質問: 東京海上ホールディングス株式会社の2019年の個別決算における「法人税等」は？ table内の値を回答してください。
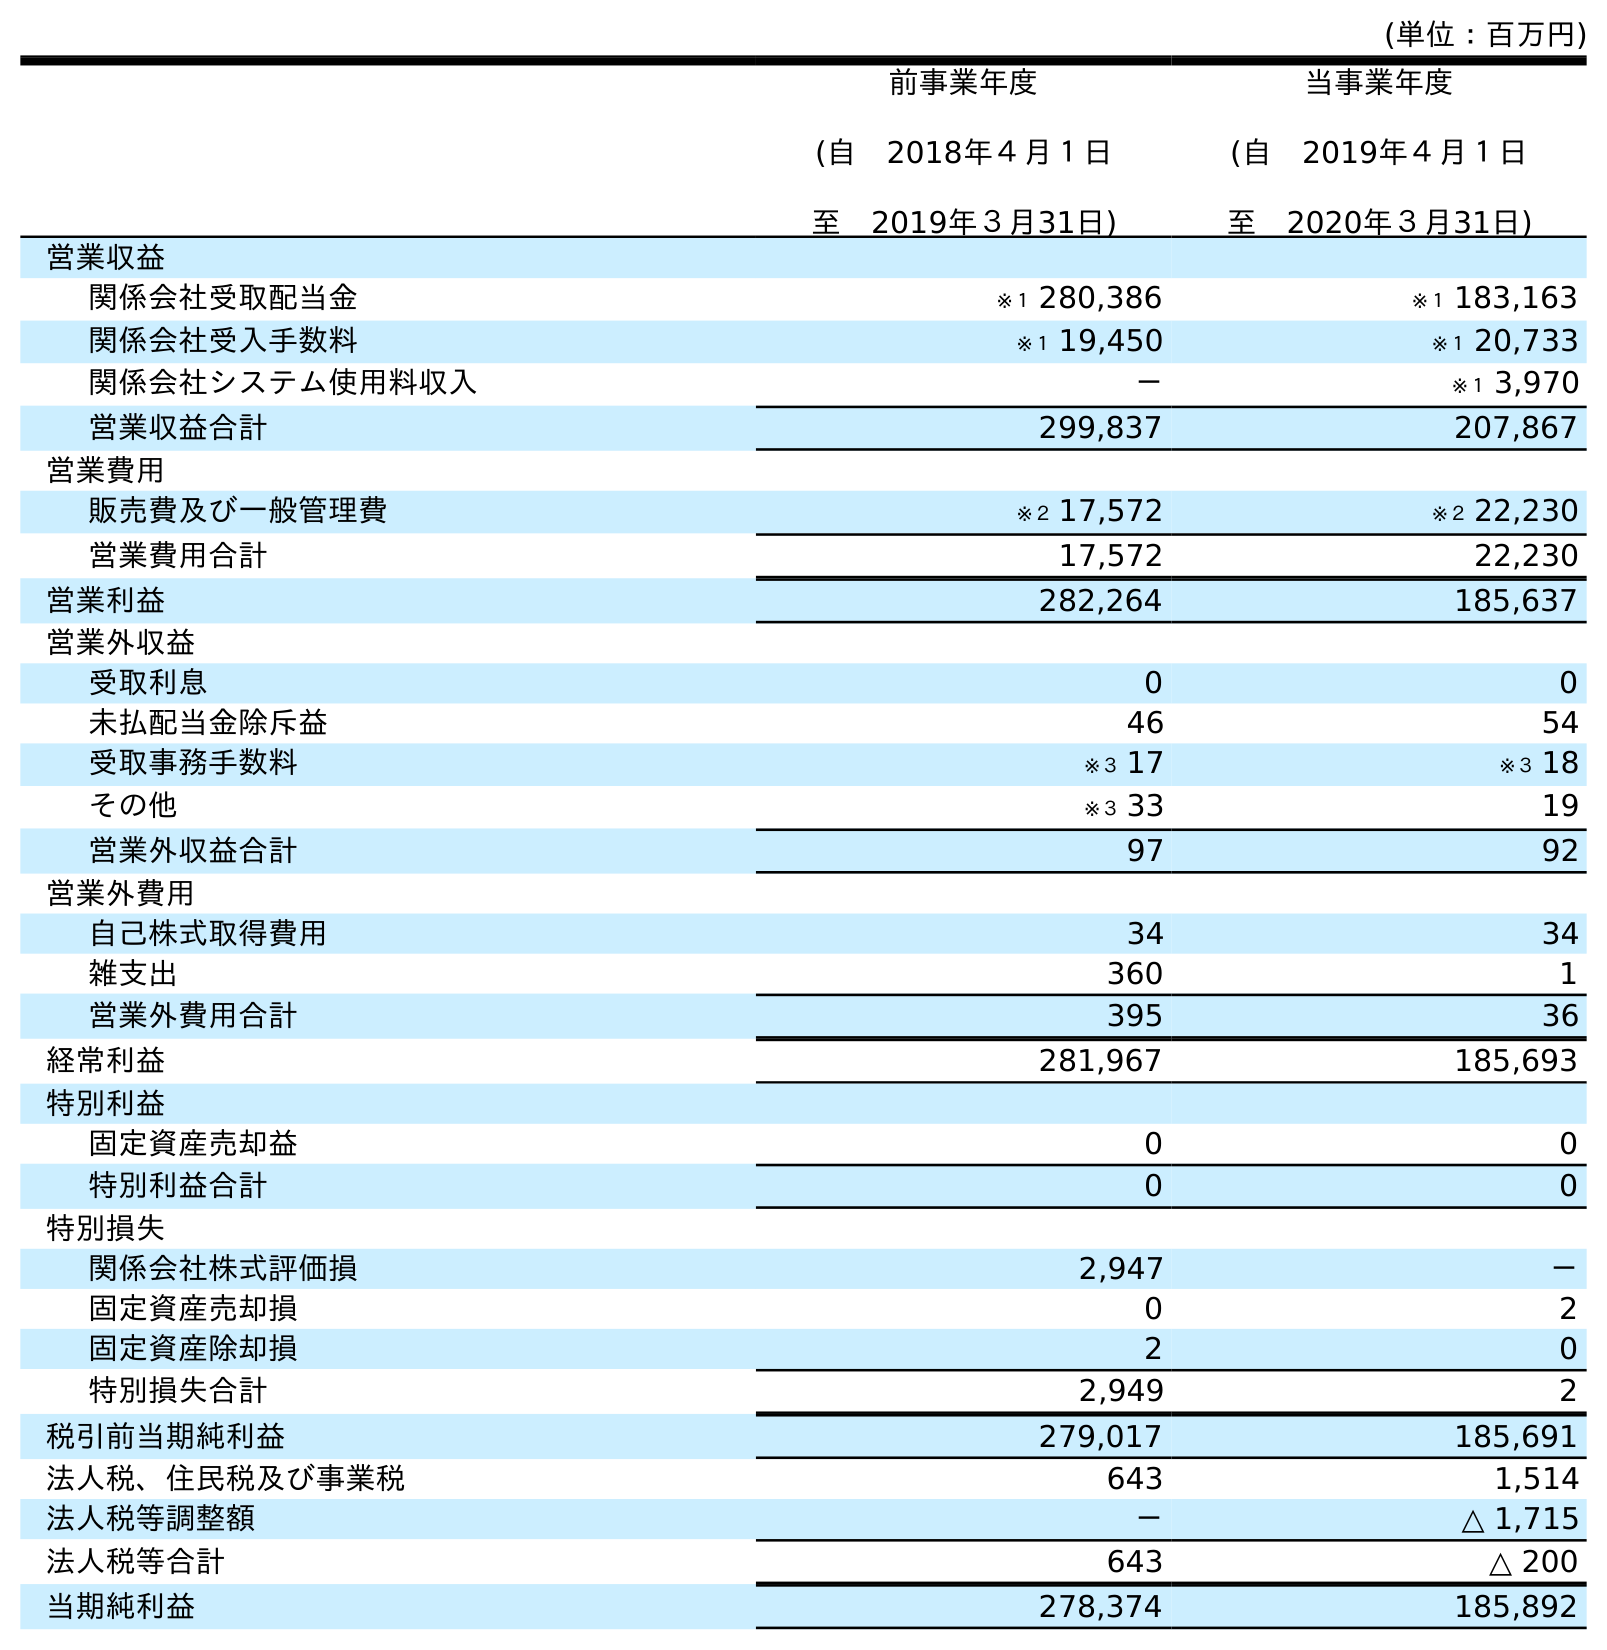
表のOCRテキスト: (単位：百万円) 前事業年度 (自 2018年４月１日 至 2019年３月31日) 当事業年度 (自 2019年４月１日 至 2020年３月31日) 営業収益 関係会社受取配当金 ※１ 280,386 ※１ 183,163 関係会社受入手数料 ※１ 19,450 ※１ 20,733 関係会社システム使用料収入 － ※１ 3,970 営業収益合計 299,837 207,867 営業費用 販売費及び一般管理費 ※２ 17,572 ※２ 22,230 営業費用合計 17,572 22,230 営業利益 282,264 185,637 営業外収益 受取利息 0 0 未払配当金除斥益 46 54 受取事務手数料 ※３ 17 ※３ 18 その他 ※３ 33 19 営業外収益合計 97 92 営業外費用 自己株式取得費用 34 34 雑支出 360 1 営業外費用合計 395 36 経常利益 281,967 185,693 特別利益 固定資産売却益 0 0 特別利益合計 0 0 特別損失 関係会社株式評価損 2,947 － 固定資産売却損 0 2 固定資産除却損 2 0 特別損失合計 2,949 2 税引前当期純利益 279,017 185,691 法人税、住民税及び事業税 643 1,514 法人税等調整額 － △ 1,715 法人税等合計 643 △ 200 当期純利益 278,374 185,892
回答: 643